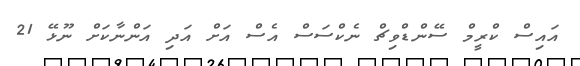
އައިސް ކްރީމް ސޭންޑްވިޗް ނެކްސަސް އެސް އަށް އަދި އަންނާކަށް ނޫޅޭ 21